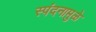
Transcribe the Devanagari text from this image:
स्पंदनामुळे